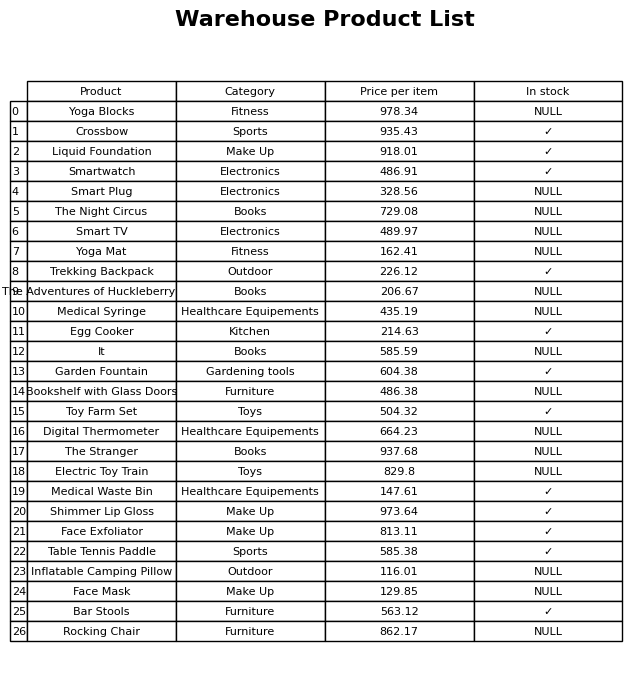
question: What is the price of the Shimmer Lip Gloss?
answer: The price of Shimmer Lip Gloss is 973.64.